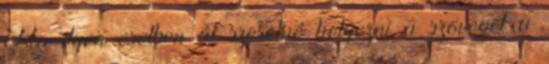
Ha ilyen esetben át szeretné helyezni a szöveget a